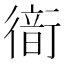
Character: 𧗹